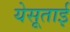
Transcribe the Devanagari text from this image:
येसूताई